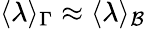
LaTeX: \langle\lambda\rangle_{\Gamma}\approx\langle\lambda\rangle_{\mathcal B}